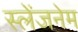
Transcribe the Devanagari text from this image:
स्लेंजनेम